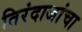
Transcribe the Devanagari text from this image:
तिरंदाजांचा